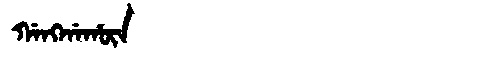
Manchu: ᡤᠠᠩᡤᠠᡥᡡᠨ
Romanization: GANGGAHŪN